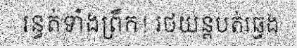
រន្ធត់ទាំងព្រឹក! រថយន្តបត់ឆ្វេង